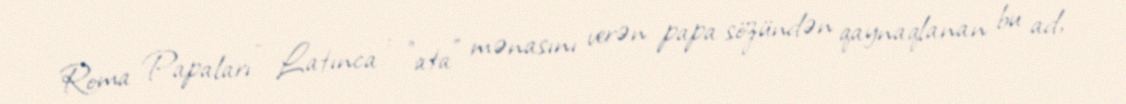
Roma Papaları - Latınca : "ata" mənasını verən papa sözündən qaynaqlanan bu ad,